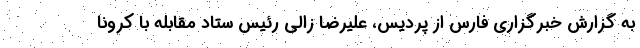
به گزارش خبرگزاری فارس از پردیس، علیرضا زالی رئیس ستاد مقابله با کرونا